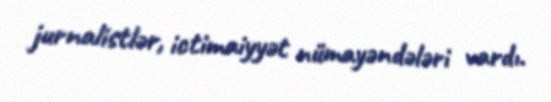
jurnalistlər, ictimaiyyət nümayəndələri vardı.